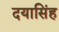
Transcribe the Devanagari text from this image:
दयासिंह